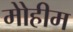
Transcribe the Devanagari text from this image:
मोेहीम